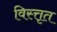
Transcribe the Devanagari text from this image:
विस्त्तृत